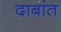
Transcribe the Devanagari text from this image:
दाबांत